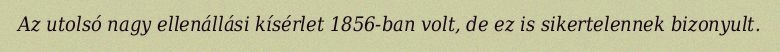
Az utolsó nagy ellenállási kísérlet 1856-ban volt, de ez is sikertelennek bizonyult.